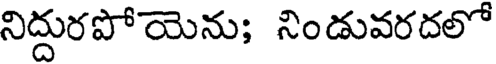
నిద్దురపోయెను; నిండువరదలో